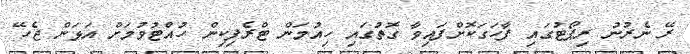
ރޭ ނެރުނު ރިޕޯޓުގައި ފާހަަގަކޮށްފައިވާ ގޮތުގައި ހިއުމަން ޓްރެފިކިން ހުއްޓުވުމަށް އަޅަން ޖެހޭ